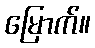
မြောက်။